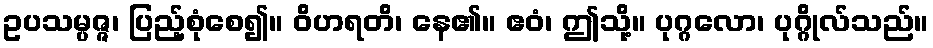
ဥပသမ္ပဇ္ဇ၊ ပြည့်စုံစေ၍။ ဝိဟရတိ၊ နေ၏။ ဧဝံ၊ ဤသို့။ ပုဂ္ဂလော၊ ပုဂ္ဂိုလ်သည်။